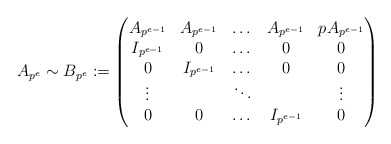
\begin{align*} A_{p^e} \sim B_{p^e} := \left( \begin{matrix} A_{p^{e-1}} & A_{p^{e-1}} & \dots & A_{p^{e-1}} & pA_{p^{e-1}} \\ I_{p^{e-1}} & 0 & \dots & 0 & 0 \\ 0 & I_{p^{e-1}} & \dots & 0 & 0 \\ \vdots & & \ddots & &\vdots \\ 0 & 0 & \dots & I_{p^{e-1}} & 0 \end{matrix} \right) \end{align*}